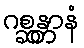
ဂစ္ဆန္တာနံ